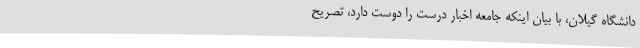
دانشگاه گیلان، با بیان اینکه جامعه اخبار درست را دوست دارد، تصریح